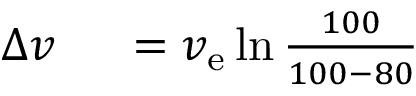
\begin{array} { r l } { \Delta v \ } & { { } = v _ { \mathrm { e } } \ln { \frac { 1 0 0 } { 1 0 0 - 8 0 } } } \end{array}